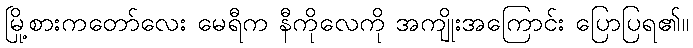
မြို့စားကတော်လေး မေရီက နီကိုလေကို အကျိုးအကြောင်း ပြောပြရ၏။